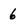
Character: 6